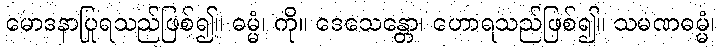
မောဒနာပြုရသည်ဖြစ်၍။ ဓမ္မံ၊ ကို။ ဒေသေန္တော၊ ဟောရသည်ဖြစ်၍။ သမဏဓမ္မံ၊